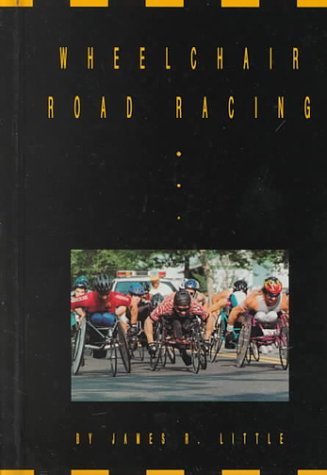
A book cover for Wheelchair Road Racing (Wheelchair Sports); James R. Little; Children's Books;